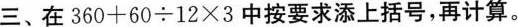
三、在$$360+60\div12\times3$$中按要求添上括号，再计算。